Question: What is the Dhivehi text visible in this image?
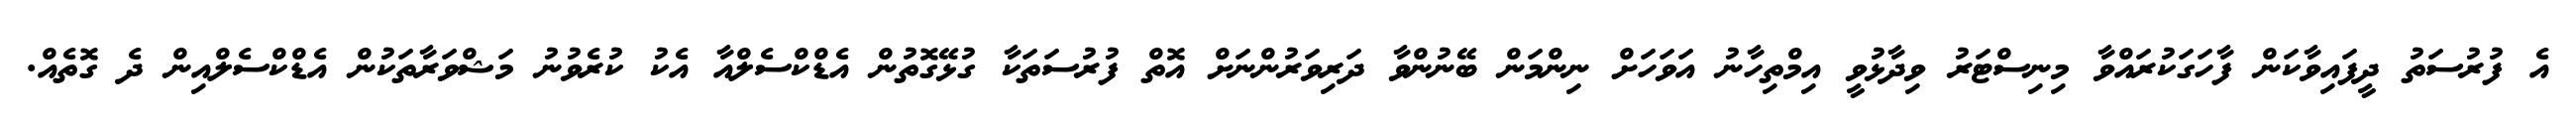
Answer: އެ ފުރުސަތު ދީފައިވާކަން ފާހަގަކުރައްވާ މިނިސްޓަރު ވިދާޅުވީ އިމްތިހާނު އަވަހަށް ނިންމަން ބޭނުންވާ ދަރިވަރުންނަށް އޮތް ފުރުސަތަކާ ގުޅޭގޮތުން އެޑްކްސެލްއާ އެކު ކުރެވުނު މަޝްވަރާތަކުން އެޑްކްސެލްއިން ދެ ގޮތެއް.